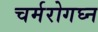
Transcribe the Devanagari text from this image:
चर्मरोगघ्न